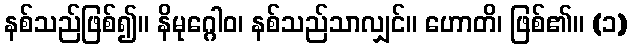
နစ်သည်ဖြစ်၍။ နိမုဂ္ဂေါဝ၊ နစ်သည်သာလျှင်။ ဟောတိ၊ ဖြစ်၏။ (၁)